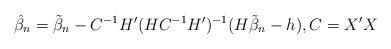
LaTeX: \begin{align*}\hat{\beta}_n = \tilde{\beta}_n -C^{-1}H'(HC^{-1}H')^{-1}(H\tilde{\beta}_n-h), C=X'X\end{align*}